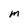
Character: M